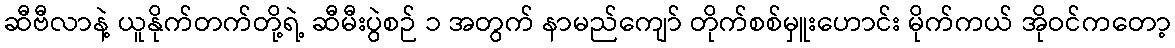
ဆီဗီလာနဲ့ ယူနိုက်တက်တို့ရဲ့ ဆီမီးပွဲစဉ် ၁ အတွက် နာမည်ကျော် တိုက်စစ်မှူးဟောင်း မိုက်ကယ် အိုဝင်ကတော့